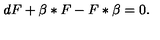
d F + \beta * F - F * \beta = 0 .